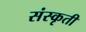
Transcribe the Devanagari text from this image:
संस्कृती